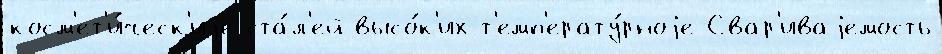
косм'ет'и́ческ'иjе ста́л'ей высо́к'их-т'емп'ерату́рноjе Свар'иваjемость